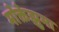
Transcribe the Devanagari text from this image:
मोक्तेझुमा